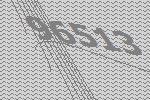
96513